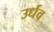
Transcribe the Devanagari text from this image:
उर्धव